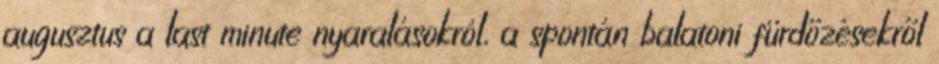
augusztus a last minute nyaralásokról, a spontán balatoni fürdőzésekről